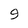
Character: 9